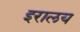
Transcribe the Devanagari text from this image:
इरालय